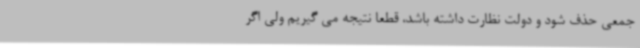
جمعی حذف شود و دولت نظارت داشته باشد، قطعا نتیجه می گیریم ولی اگر